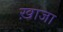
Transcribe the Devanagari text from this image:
ख़ाजा